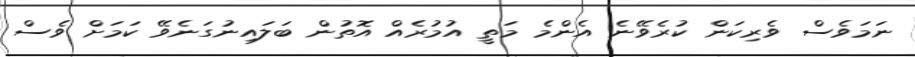
ނަމަވެސް ވެރިކަން ކުރެވޭނެ އެންމެ މަތީ އުމުރެއް އޮތުން ބަލައިނުގަނެވޭ ކަމަށް ވެސް